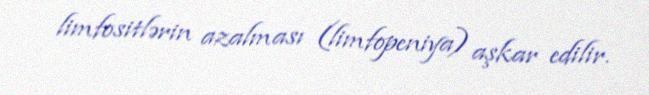
limfositlərin azalması (limfopeniya) aşkar edilir.